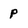
Character: p